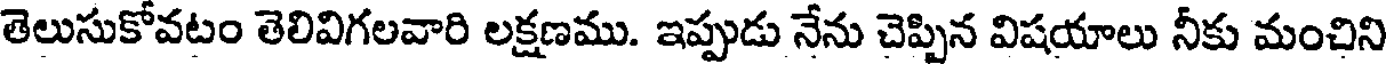
తెలుసుకోవటం తెలివిగలవారి లక్షణము. ఇప్పుడు నేను చెప్పిన విషయాలు నీకు మంచిని